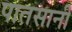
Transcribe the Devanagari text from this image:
पातसानी